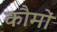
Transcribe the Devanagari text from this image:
कौमों